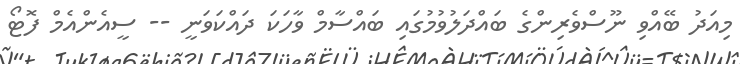
މިއަދު ބޭއްވި ނޫސްވެރިންގެ ބައްދަލުވުމުގައި ބައްސާމް ވާހަކަ ދައްކަވަނީ -- ސީއެންއެމް ފޮޓޯ